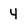
Character: 4